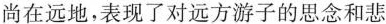
尚在远地，表现了对远方游子的思念和悲